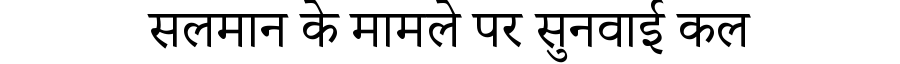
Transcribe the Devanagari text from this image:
सलमान के मामले पर सुनवाई कल